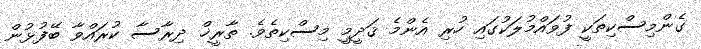
ގެންމިސްކިތަކީ ފުވައްމުލަކުގައި ހުރި އެންމެ ޤަދީމީ މިސްކިތެވެ. ތާރީޚް ދިރާސާ ކުރައްވާ ބޭފުޅުން